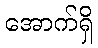
အောက်ရှိ